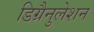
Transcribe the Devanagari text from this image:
डिग्रैनुलेशन